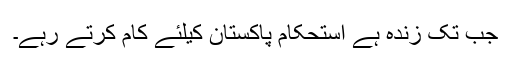
جب تک زندہ ہے استحکام پاکستان کیلئے کام کرتے رہے۔